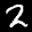
Label: 2